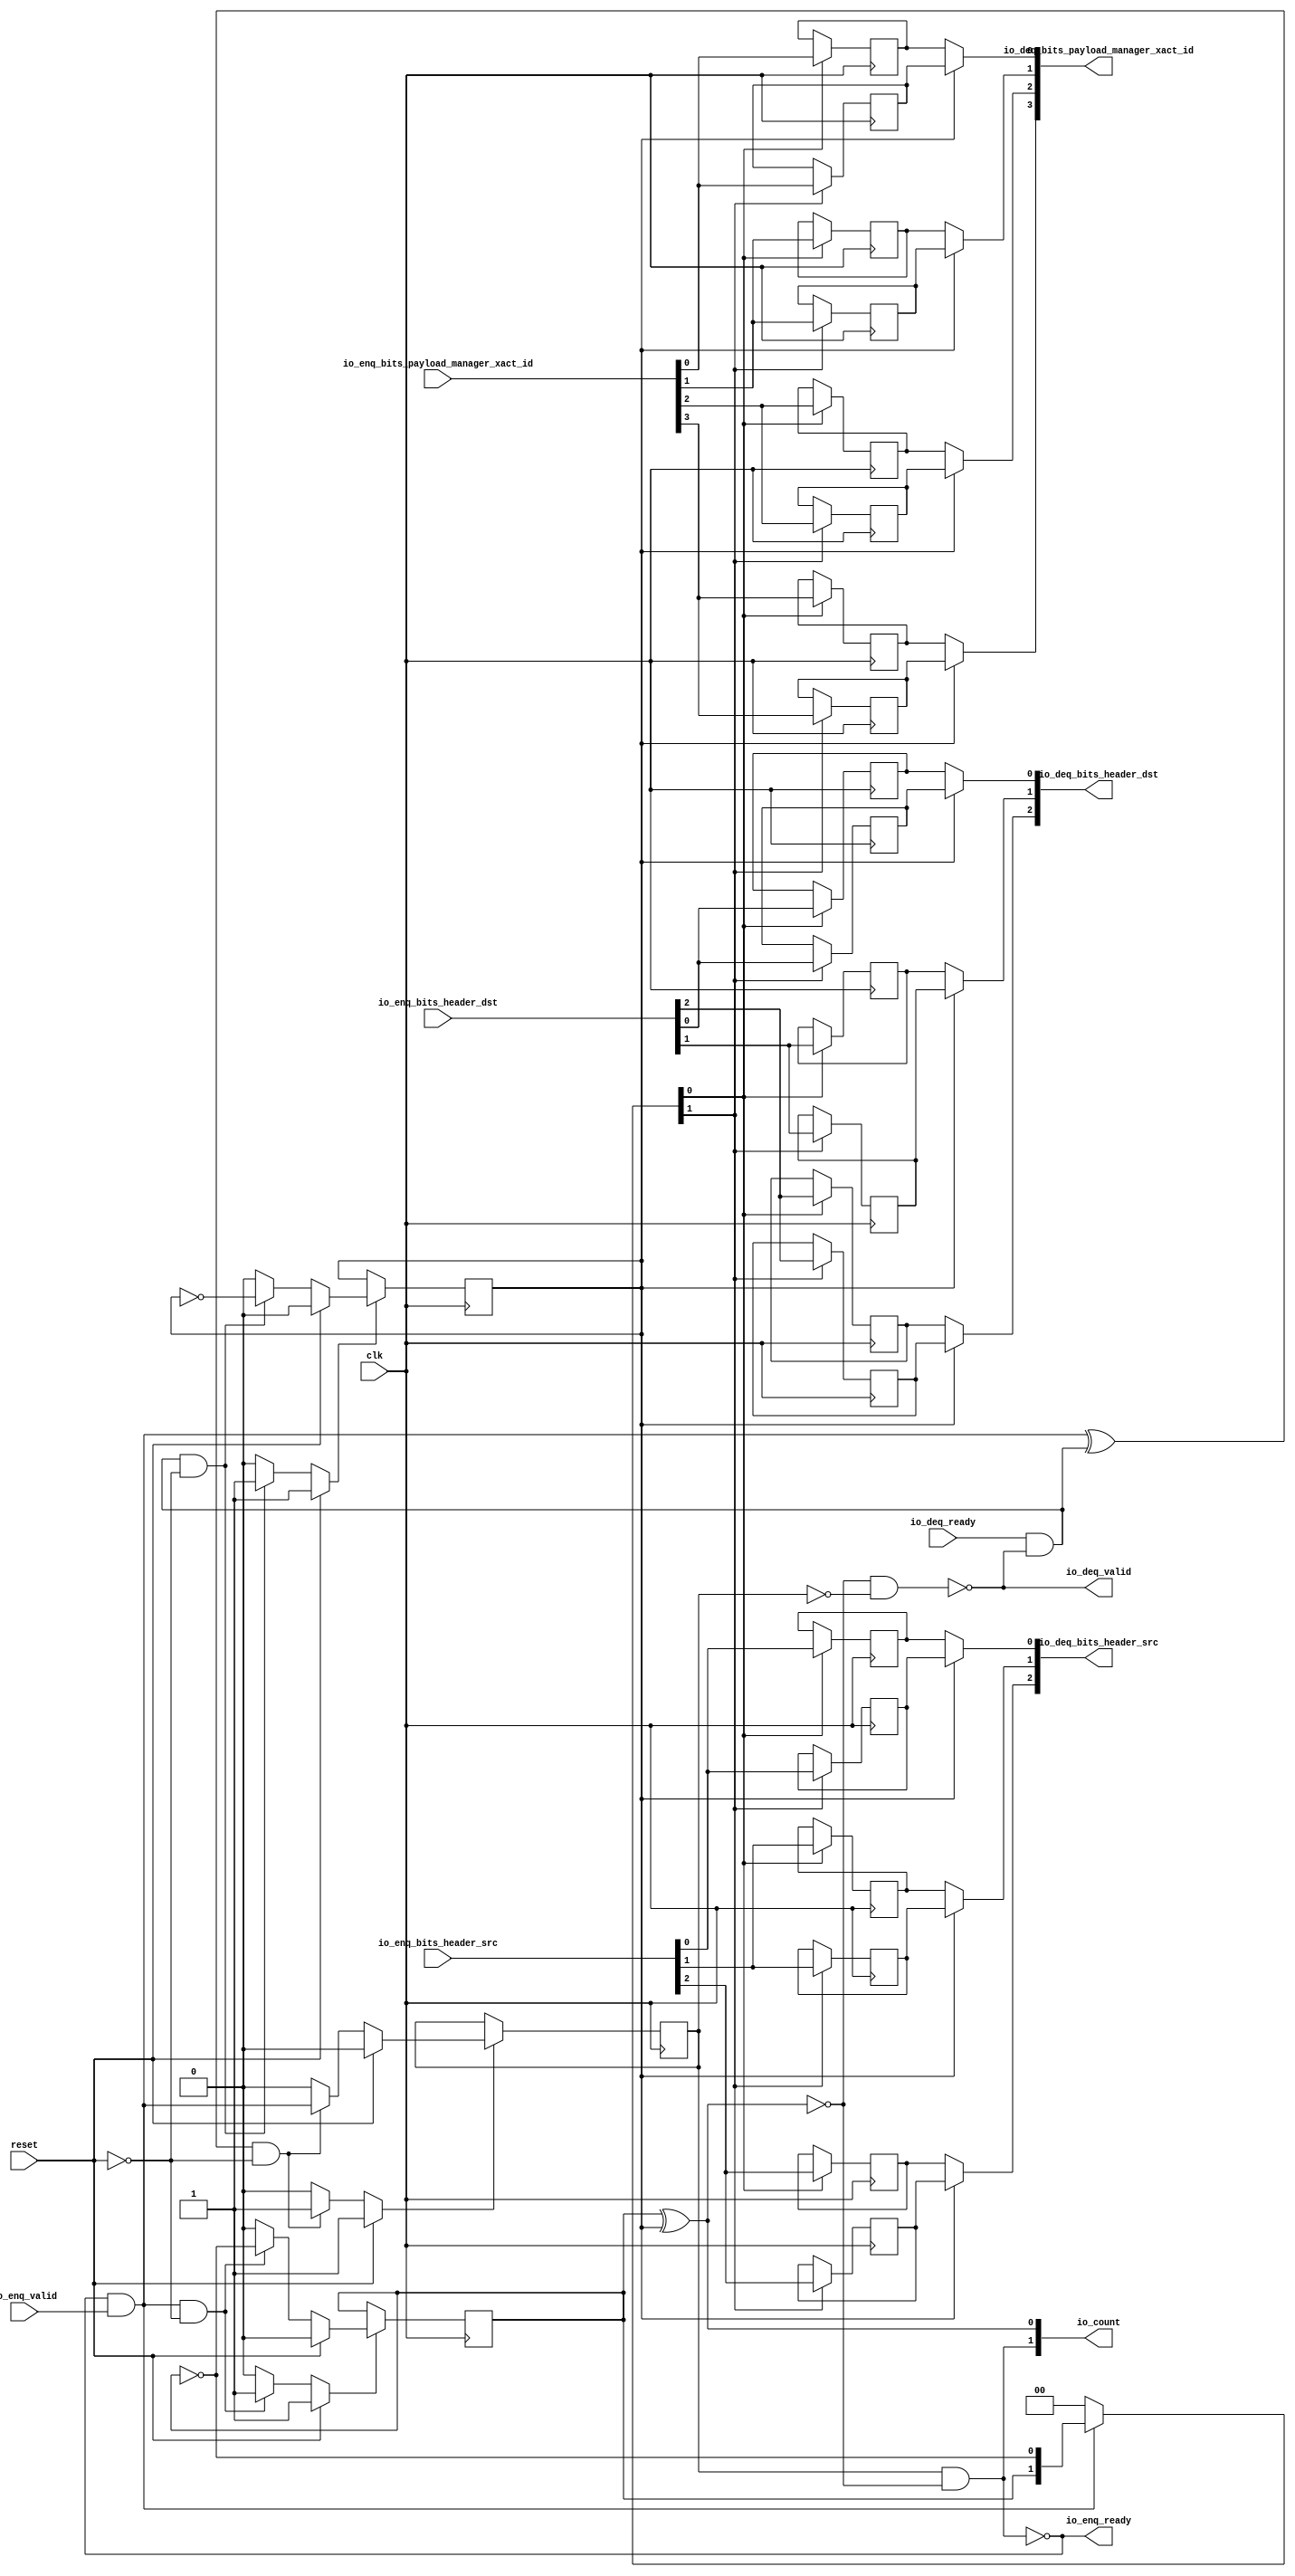
module Queue_16
(
  clk,
  reset,
  io_enq_ready,
  io_enq_valid,
  io_enq_bits_header_src,
  io_enq_bits_header_dst,
  io_enq_bits_payload_manager_xact_id,
  io_deq_ready,
  io_deq_valid,
  io_deq_bits_header_src,
  io_deq_bits_header_dst,
  io_deq_bits_payload_manager_xact_id,
  io_count
);

  input [2:0] io_enq_bits_header_src;
  input [2:0] io_enq_bits_header_dst;
  input [3:0] io_enq_bits_payload_manager_xact_id;
  output [2:0] io_deq_bits_header_src;
  output [2:0] io_deq_bits_header_dst;
  output [3:0] io_deq_bits_payload_manager_xact_id;
  output [1:0] io_count;
  input clk;
  input reset;
  input io_enq_valid;
  input io_deq_ready;
  output io_enq_ready;
  output io_deq_valid;
  wire [2:0] io_deq_bits_header_src,io_deq_bits_header_dst;
  wire [3:0] io_deq_bits_payload_manager_xact_id;
  wire [1:0] io_count;
  wire io_enq_ready,io_deq_valid,N0,N1,N2,N3,N4,do_deq,T3,do_enq,T6,ptr_match,T9,N5,
  empty,T19,full,N6,N7,N8,N9,N10,N11,N12,N13,N14,N15,N16,N17,N18,N19,N21,N22,N23,N24,
  N25,N26;
  reg R1,N20,maybe_full;
  reg [19:0] ram;
  assign N0 = N20 ^ R1;
  assign ptr_match = ~N0;
  assign T9 = do_enq ^ do_deq;
  assign io_deq_bits_header_src[2] = (N5)? ram[9] : 
                                     (N1)? ram[19] : 1'b0;
  assign N1 = R1;
  assign io_deq_bits_header_src[1] = (N5)? ram[8] : 
                                     (N1)? ram[18] : 1'b0;
  assign io_deq_bits_header_src[0] = (N5)? ram[7] : 
                                     (N1)? ram[17] : 1'b0;
  assign io_deq_bits_header_dst[2] = (N5)? ram[6] : 
                                     (N1)? ram[16] : 1'b0;
  assign io_deq_bits_header_dst[1] = (N5)? ram[5] : 
                                     (N1)? ram[15] : 1'b0;
  assign io_deq_bits_header_dst[0] = (N5)? ram[4] : 
                                     (N1)? ram[14] : 1'b0;
  assign io_deq_bits_payload_manager_xact_id[3] = (N5)? ram[3] : 
                                                  (N1)? ram[13] : 1'b0;
  assign io_deq_bits_payload_manager_xact_id[2] = (N5)? ram[2] : 
                                                  (N1)? ram[12] : 1'b0;
  assign io_deq_bits_payload_manager_xact_id[1] = (N5)? ram[1] : 
                                                  (N1)? ram[11] : 1'b0;
  assign io_deq_bits_payload_manager_xact_id[0] = (N5)? ram[0] : 
                                                  (N1)? ram[10] : 1'b0;

  always @(posedge clk) begin
    if(N8) begin
      R1 <= N9;
    end 
  end


  always @(posedge clk) begin
    if(N12) begin
      N20 <= N13;
    end 
  end


  always @(posedge clk) begin
    if(N16) begin
      maybe_full <= N17;
    end 
  end


  always @(posedge clk) begin
    if(N22) begin
      ram[19] <= io_enq_bits_header_src[2];
    end 
  end


  always @(posedge clk) begin
    if(N22) begin
      ram[18] <= io_enq_bits_header_src[1];
    end 
  end


  always @(posedge clk) begin
    if(N22) begin
      ram[17] <= io_enq_bits_header_src[0];
    end 
  end


  always @(posedge clk) begin
    if(N22) begin
      ram[16] <= io_enq_bits_header_dst[2];
    end 
  end


  always @(posedge clk) begin
    if(N22) begin
      ram[15] <= io_enq_bits_header_dst[1];
    end 
  end


  always @(posedge clk) begin
    if(N22) begin
      ram[14] <= io_enq_bits_header_dst[0];
    end 
  end


  always @(posedge clk) begin
    if(N22) begin
      ram[13] <= io_enq_bits_payload_manager_xact_id[3];
    end 
  end


  always @(posedge clk) begin
    if(N22) begin
      ram[12] <= io_enq_bits_payload_manager_xact_id[2];
    end 
  end


  always @(posedge clk) begin
    if(N22) begin
      ram[11] <= io_enq_bits_payload_manager_xact_id[1];
    end 
  end


  always @(posedge clk) begin
    if(N22) begin
      ram[10] <= io_enq_bits_payload_manager_xact_id[0];
    end 
  end


  always @(posedge clk) begin
    if(N21) begin
      ram[9] <= io_enq_bits_header_src[2];
    end 
  end


  always @(posedge clk) begin
    if(N21) begin
      ram[8] <= io_enq_bits_header_src[1];
    end 
  end


  always @(posedge clk) begin
    if(N21) begin
      ram[7] <= io_enq_bits_header_src[0];
    end 
  end


  always @(posedge clk) begin
    if(N21) begin
      ram[6] <= io_enq_bits_header_dst[2];
    end 
  end


  always @(posedge clk) begin
    if(N21) begin
      ram[5] <= io_enq_bits_header_dst[1];
    end 
  end


  always @(posedge clk) begin
    if(N21) begin
      ram[4] <= io_enq_bits_header_dst[0];
    end 
  end


  always @(posedge clk) begin
    if(N21) begin
      ram[3] <= io_enq_bits_payload_manager_xact_id[3];
    end 
  end


  always @(posedge clk) begin
    if(N21) begin
      ram[2] <= io_enq_bits_payload_manager_xact_id[2];
    end 
  end


  always @(posedge clk) begin
    if(N21) begin
      ram[1] <= io_enq_bits_payload_manager_xact_id[1];
    end 
  end


  always @(posedge clk) begin
    if(N21) begin
      ram[0] <= io_enq_bits_payload_manager_xact_id[0];
    end 
  end

  assign io_count[0] = N20 ^ R1;
  assign T3 = R1 ^ 1'b1;
  assign T6 = N20 ^ 1'b1;
  assign N19 = ~N20;
  assign N8 = (N2)? 1'b1 : 
              (N24)? 1'b1 : 
              (N7)? 1'b0 : 1'b0;
  assign N2 = reset;
  assign N9 = (N2)? 1'b0 : 
              (N24)? T3 : 1'b0;
  assign N12 = (N2)? 1'b1 : 
               (N25)? 1'b1 : 
               (N11)? 1'b0 : 1'b0;
  assign N13 = (N2)? 1'b0 : 
               (N25)? T6 : 1'b0;
  assign N16 = (N2)? 1'b1 : 
               (N26)? 1'b1 : 
               (N15)? 1'b0 : 1'b0;
  assign N17 = (N2)? 1'b0 : 
               (N26)? do_enq : 1'b0;
  assign { N22, N21 } = (N3)? { N20, N19 } : 
                        (N4)? { 1'b0, 1'b0 } : 1'b0;
  assign N3 = do_enq;
  assign N4 = N18;
  assign do_deq = io_deq_ready & io_deq_valid;
  assign do_enq = io_enq_ready & io_enq_valid;
  assign io_count[1] = maybe_full & ptr_match;
  assign N5 = ~R1;
  assign io_deq_valid = ~empty;
  assign empty = ptr_match & T19;
  assign T19 = ~maybe_full;
  assign io_enq_ready = ~full;
  assign full = ptr_match & maybe_full;
  assign N6 = do_deq | reset;
  assign N7 = ~N6;
  assign N10 = do_enq | reset;
  assign N11 = ~N10;
  assign N14 = T9 | reset;
  assign N15 = ~N14;
  assign N18 = ~do_enq;
  assign N23 = ~reset;
  assign N24 = do_deq & N23;
  assign N25 = do_enq & N23;
  assign N26 = T9 & N23;

endmodule